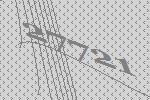
27721